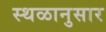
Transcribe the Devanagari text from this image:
स्थळानुसार